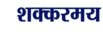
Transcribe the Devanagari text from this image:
शक्करमय